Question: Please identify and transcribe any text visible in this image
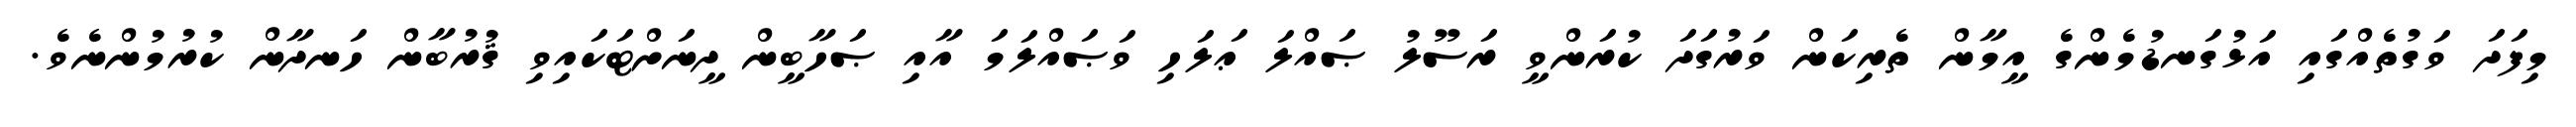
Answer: މިފަދަ ވަގުތެއްގައި އަޅުގަނޑުމެންގެ އީމާން ތެރިކަން ވަރުގަދަ ކުރަންވީ ރަސޫލު ޞައްލަ ޢަލަހި ވަޞައްލަމަ އާއި ޞަހާބީން ދީނަށްޓަކައިވި ޤުރުބާން ހަނދާން ކުރުމުންނެވެ.